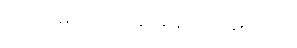
အသံ မတ်ဆေ့ချ် ချန်ထားခဲ့တယ်။